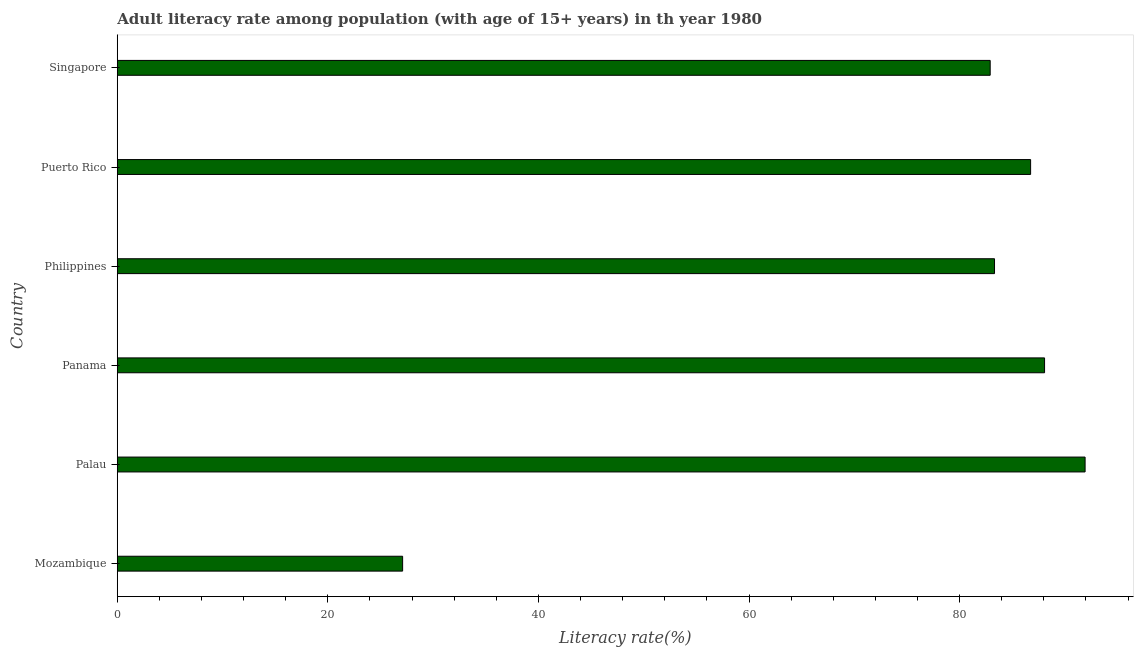
| Country | Adult literacy rate |
 | --- | --- |
 | Mozambique | 27.1 |
 | Palau | 91.9 |
 | Panama | 88.1 |
 | Philippines | 83.3 |
 | Puerto Rico | 86.7 |
 | Singapore | 82.9 |